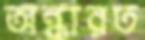
অন্ধারত